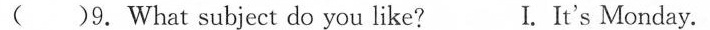
( )9.What subject do you like? I. It's Monday.